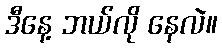
ဒီနေ့ ဘယ်လို နေလဲ။